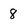
Character: 8